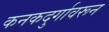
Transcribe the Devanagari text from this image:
कनकदुर्गावरून